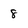
Character: 8